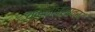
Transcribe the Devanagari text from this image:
यमुनाचलावर